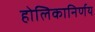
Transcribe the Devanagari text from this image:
होलिकानिर्णय